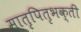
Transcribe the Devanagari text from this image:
मातृपितृभक्ती